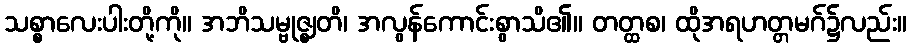
သစ္စာလေးပါးတို့ကို။ အဘိသမ္ဗုဇ္ဈတိ၊ အလွန်ကောင်းစွာသိ၏။ တတ္ထစ၊ ထိုအရဟတ္တမဂ်၌လည်း။